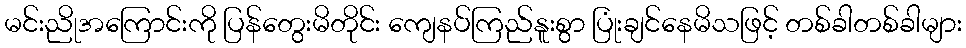
မင်းညိုအကြောင်းကို ပြန်တွေးမိတိုင်း ကျေနပ်ကြည်နူးစွာ ပြုံးချင်နေမိသဖြင့် တစ်ခါတစ်ခါများ